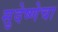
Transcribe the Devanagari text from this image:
सुदेष्णेचा